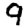
Digit: 9